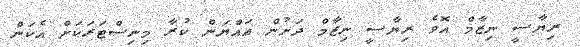
ރިޔާސީ ނިޒާމް އޮވެ ރިޔާސީ ނިޒާމް ދަށުން އައްޔަން ކުރާ މިނިސްޓަރަކަށް އެކަން